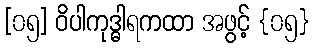
[၀၅] ဝိပါကုဒ္ဓါရကထာ အဖွင့် {၀၅}